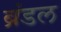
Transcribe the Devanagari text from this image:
ब्रंडल